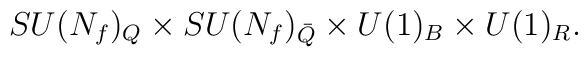
SU(N_f)_{Q}\times SU(N_f)_{\bar Q} \times U(1)_B \times U(1)_R.